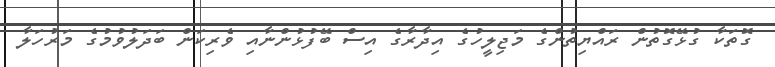
ގޮތަކާ ގުޅޭގޮތުން ރައްޔިތުންގެ މަޖިލީހުގެ އިދާރާގެ އިސް ބޭފުޅުންނާއި ވެރިކަން ބަދަލުވުމުގެ މަރުހަލާ